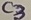
Text: C3